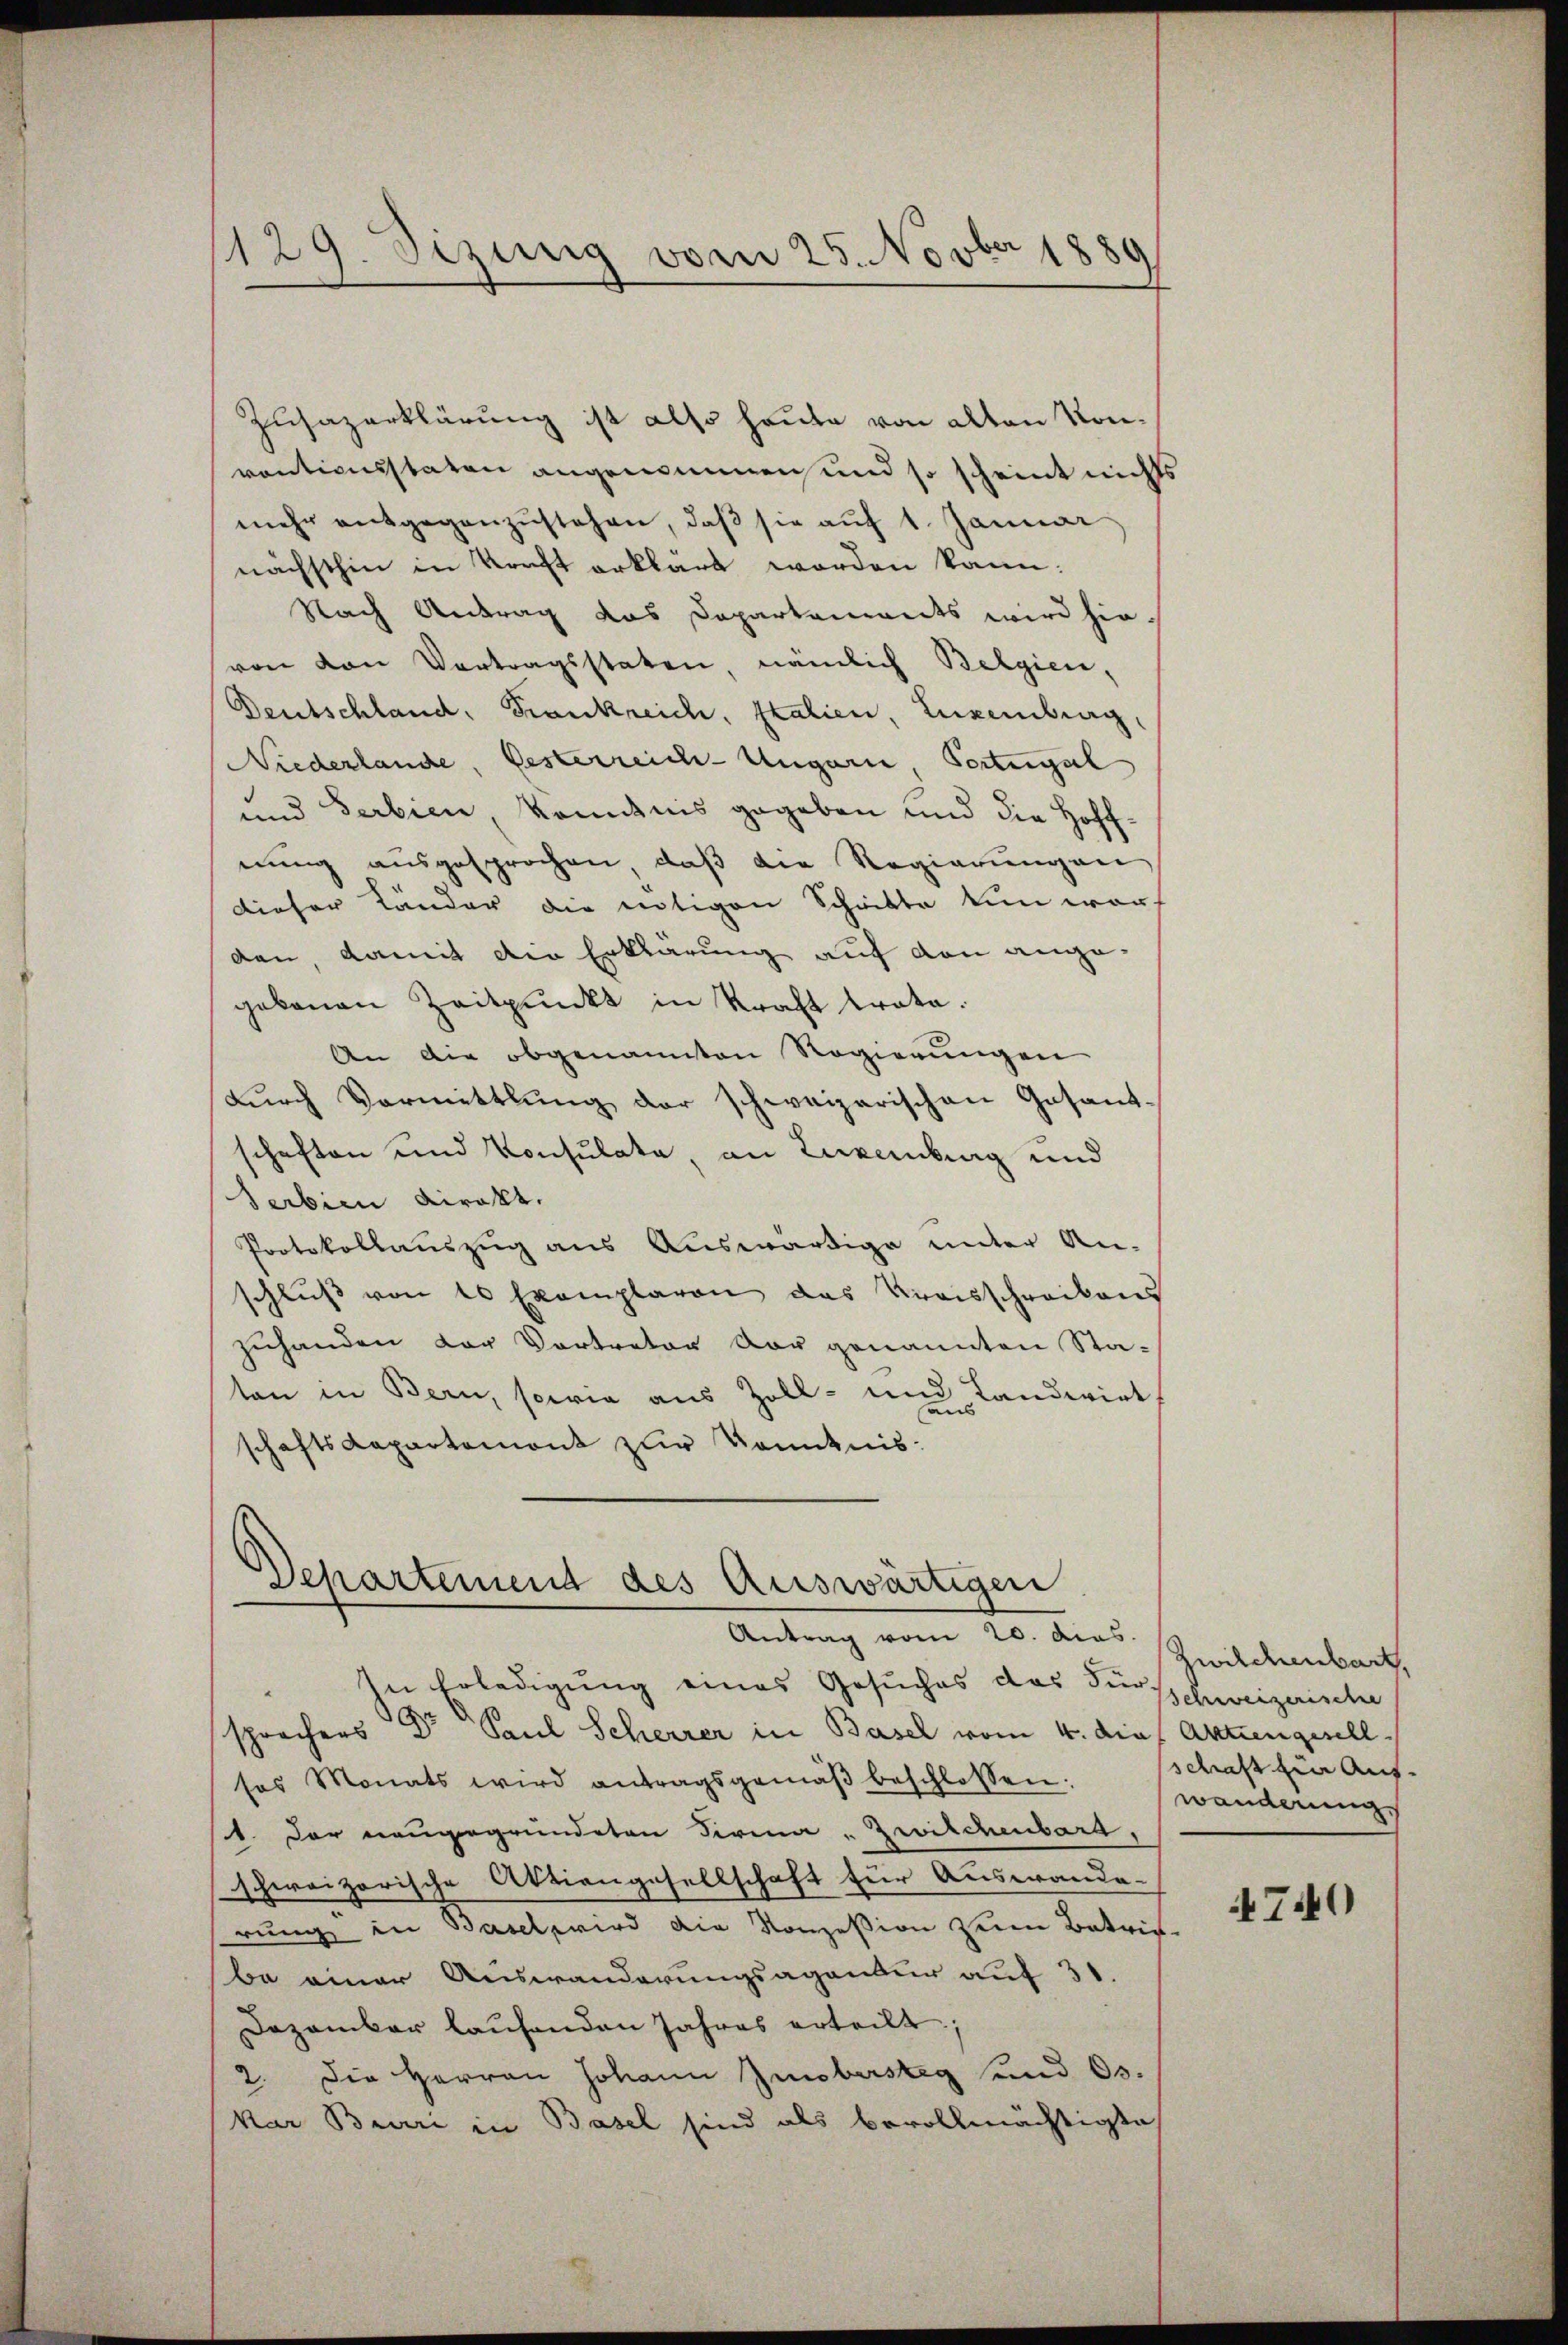
129. Sizung vom 25. Novber 1889

Zusazerklärung ist also heute von alten Konventionsstaten angenommen und so scheint nichts
mehr entgegenzustehen, daß sie auf 1. Januar
nächsthin in Kraft erklärt worden kann:
Nach Antrag das Departements wird hie-
von von Vertragsstaten, nämlich Belgien,
Deutschland, Frankreich, Italien, Luxenburg,
Niederlande, Gesterreich-Ungarn, Portungsl
und Serbien, konntnis gegeben und die Hoffnung ausgesprochen, daβ die Regierŭng an
dieser Länder die nötigen Schritte tun worden, damit die Erklärung auf den angegebenen Zeitpunkt in Kraft trota.
An die obgenannten Regierungen
durch Vormittlung der schweizerischen Gesandschaften und Konsulate, an Luxenburg und
Serbien direkt.
Protokollauszug aus Auswärtige unter An-
schlŭβ von 10 Exemplaren das Kreisschreibens
zuhanden der Vortreter vor genannten Staten in Bern, sowie aus Zoll- und Landwirt
schaftsdepartemont zur Kenntnis¬

Departement des Auswärtigen
Antrag vom 20. dies

In Erledigung eines Gesuches das Fürsprachers Dr Paul Scherrer in Basel vom 4. dies Aktiengesell
sos Monats wird antragsgemäβ beschlossen:
1. Der neugegründeten Firma „Zwilchenbarg,
schweizerische Aktiengesellschaft für Auswande-
rung in Basel wird die Konzession zum Betrie-
be einer Auswanderungsagender auf 31.
Dezember laufenden Jahres erteilt.
2. Die Herren Johann Zinsbestig und 63.
kar Bauri in Basel sind als bevollmächtigte

Zwilchenbart,
Schweizerischer
schaft in Auf-
wanderung.

740